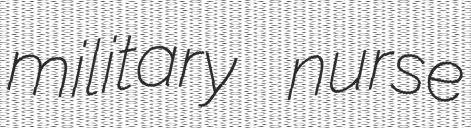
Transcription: military nurse